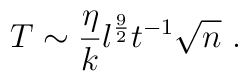
T\sim {\eta \over k}l^{{9 \over 2}}t^{-1}\sqrt{n}\ .